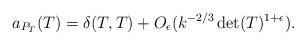
LaTeX: \begin{align*} a_{P_T}(T) = \delta(T, T) + O_{\epsilon}(k^{-2/3}\det(T)^{1+\epsilon}).\end{align*}